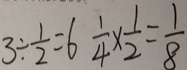
3 \div \frac { 1 } { 2 } = 6 \frac { 1 } { 4 } \times \frac { 1 } { 2 } = \frac { 1 } { 8 }